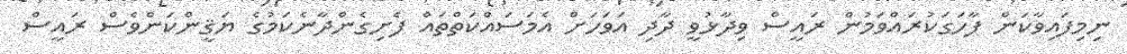
ނިމިފައިވާކަން ފާހަގަކުރައްވަމުން ރައީސް ވިދާޅުވީ ދާދި އަވަހަށް އެމަސައްކަތްތައް ފެށިގެންދާނެކަމުގެ ޔަޤީންކަންވެސް ރައީސް